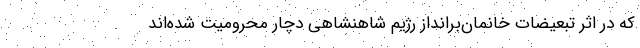
که در اثر تبعیضات خانمان‌‌برانداز رژیم شاهنشاهی دچار محرومیت شده‌اند